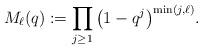
LaTeX: \begin{gather*}M_{\ell}(q) :=\prod_{j \ge 1} \big(1-q^{j}\big)^{\min(j,\ell)}.\end{gather*}